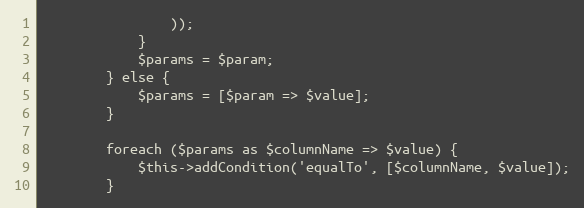
Language: PHP
                ));
            }
            $params = $param;
        } else {
            $params = [$param => $value];
        }

        foreach ($params as $columnName => $value) {
            $this->addCondition('equalTo', [$columnName, $value]);
        }